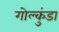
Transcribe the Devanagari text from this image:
गोल्कुंडा